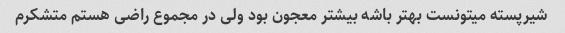
شیرپسته میتونست بهتر باشه بیشتر معجون بود ولی در مجموع راضی هستم متشکرم